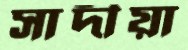
সাদীয়া